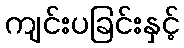
ကျင်းပခြင်းနှင့်